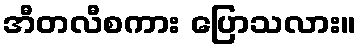
အီတလီစကား ပြောသလား။